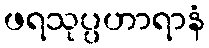
ဖရသုပ္ပဟာရာနံ